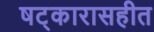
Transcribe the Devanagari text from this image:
षट्कारासहीत